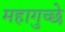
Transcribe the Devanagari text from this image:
महागुच्छे